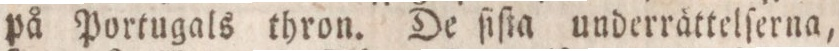
på Portugals thron. De ſiſta underrättelſerna,